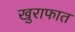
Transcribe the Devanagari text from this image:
खुराफात